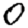
Digit: 0